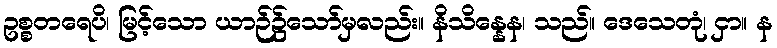
ဥစ္စတရေပိ၊ မြင့်သော ယာဉ်၌သော်မှလည်း။ နိသိန္နေန၊ သည်။ ဒေသေတုံ၊ ငှာ။ န